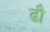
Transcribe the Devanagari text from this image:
ढौ